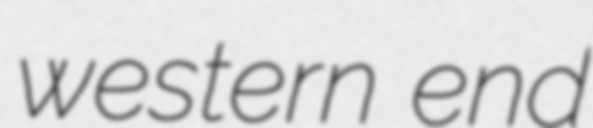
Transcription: western end